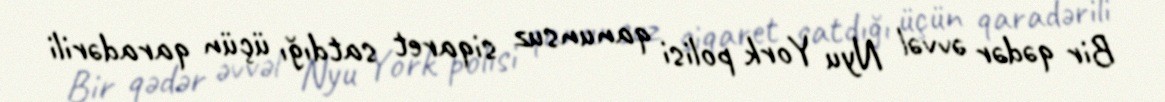
Bir qədər əvvəl Nyu York polisi qanunsuz siqaret satdığı üçün qaradərili